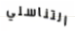
التناسلي